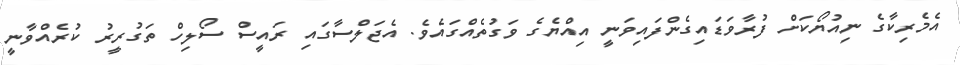
އެމެރިކާގެ ނިއުޔޯކަށް ފުރާވަޑައިގެންފައިވަނީ އިއްޔެގެ ވަގުތެއްގައެވެ. އެޖަލްސާގައި ރައީސް ސޯލިހް ތަގުރީރު ކުރެއްވާނީ